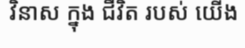
វិនាស ក្នុង ជីវិត របស់ យើង